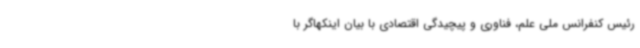
رئیس کنفرانس ملی علم، فناوری و پیچیدگی اقتصادی با بیان اینکهاگر با